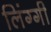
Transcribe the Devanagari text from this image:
लिंग्गी